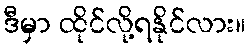
ဒီမှာ ထိုင်လို့ရနိုင်လား။